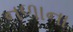
નળાના